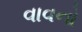
વાવનો